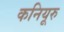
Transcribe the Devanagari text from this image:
कनियूरु